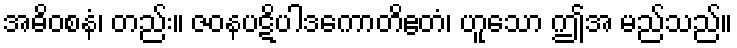
အဓိဝစနံ၊ တည်း။ ဇဝနပဋိပါဒကောတိဧတံ၊ ဟူသော ဤအ မည်သည်။